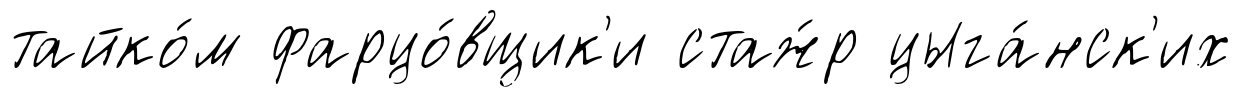
тайко́м фарцо́вщик'и стаж́р цыга́нск'их